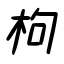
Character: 枸